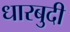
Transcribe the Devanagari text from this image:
धारबुदी